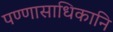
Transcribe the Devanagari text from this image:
पण्णासाधिकानि